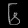
Digit: ၆